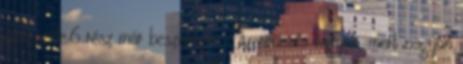
gimi szele.6 rész már beszerezve. Szerencsés vagyok, mert nagyon